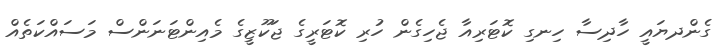
ގެންދޔައީ ހާދިސާ ހިނގި ކޮޓަރިއާ ޖެހިގެން ހުރި ކޮޓަރީގެ ޖަކޫޒީގެ މެއިންޓަނަންސް މަސައްކަތެއް